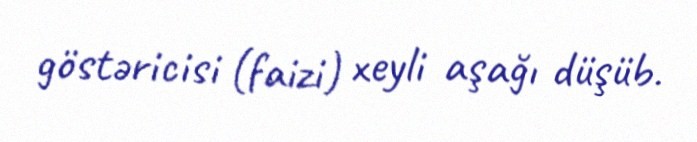
göstəricisi (faizi) xeyli aşağı düşüb.